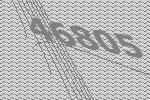
46805